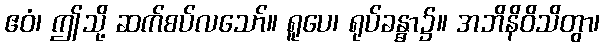
ဧဝံ၊ ဤသို့ ဆက်စပ်လသော်။ ရူပေ၊ ရုပ်ခန္ဓာ၌။ အဘိနိဝိသိတွာ၊